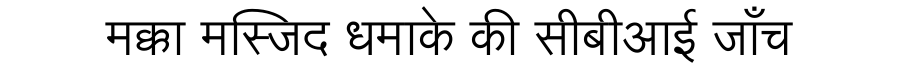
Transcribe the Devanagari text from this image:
मक्का मस्जिद धमाके की सीबीआई जाँच